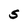
Character: S